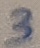
Text: 3